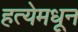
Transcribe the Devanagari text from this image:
हत्येमधून